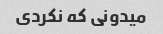
میدونی که نکردی